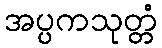
အပ္ပကသုတ္တံ